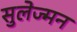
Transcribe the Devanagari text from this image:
सुलेज्मन